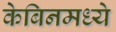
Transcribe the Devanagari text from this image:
केबिनमध्ये